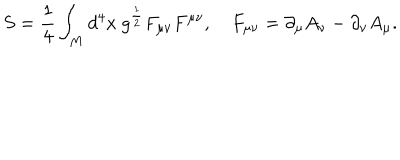
S = \frac 1 4 \int _ { M } d ^ { 4 } x \ g ^ { \frac 1 2 } F _ { \mu \nu } F ^ { \mu \nu } , \quad F _ { \mu \nu } = \partial _ { \mu } A _ { \nu } - \partial _ { \nu } A _ { \mu } .